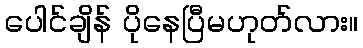
ပေါင်ချိန် ပိုနေပြီမဟုတ်လား။